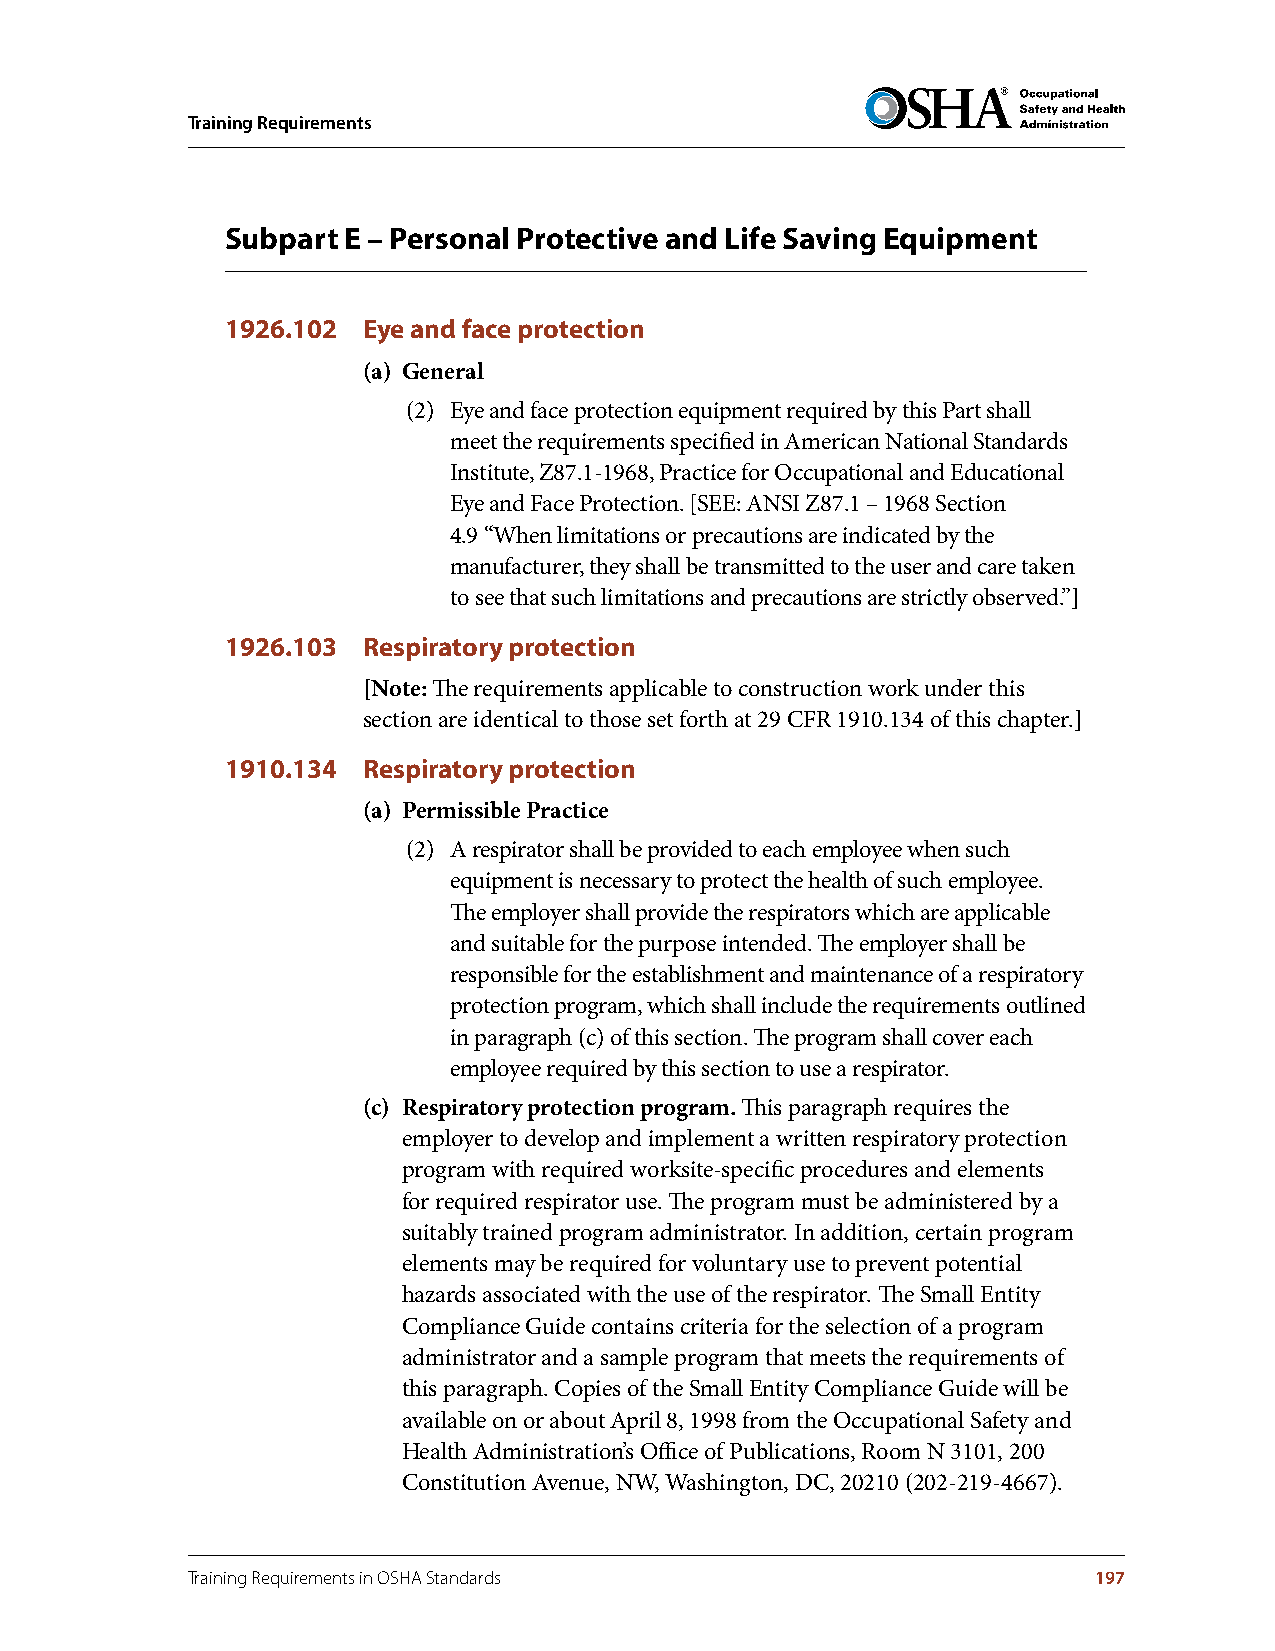
Training Requirements
 Subpart E – Personal Protective and Life Saving Equipment
 1926.102 Eye and face protection
 (a) General
 (2) Eye and face protection equipment required by this Part shall
 meet the requirements specified in American National Standards
 Institute, Z87.1-1968, Practice for Occupational and Educational
 Eye and Face Protection. [SEE: ANSI Z87.1 – 1968 Section
 4.9 “When limitations or precautions are indicated by the
 manufacturer, they shall be transmitted to the user and care taken
 to see that such limitations and precautions are strictly observed.”]
 1926.103 Respiratory protection
 [Note: The requirements applicable to construction work under this
 section are identical to those set forth at 29 CFR 1910.134 of this chapter.]
 1910.134 Respiratory protection
 (a) Permissible Practice
 (2) A respirator shall be provided to each employee when such
 equipment is necessary to protect the health of such employee.
 The employer shall provide the respirators which are applicable
 and suitable for the purpose intended. The employer shall be
 responsible for the establishment and maintenance of a respiratory
 protection program, which shall include the requirements outlined
 in paragraph (c) of this section. The program shall cover each
 employee required by this section to use a respirator.
 (c) Respiratory protection program . This paragraph requires the
 employer to develop and implement a written respiratory protection
 program with required worksite-specific procedures and elements
 for required respirator use. The program must be administered by a
 suitably trained program administrator. In addition, certain program
 elements may be required for voluntary use to prevent potential
 hazards associated with the use of the respirator. The Small Entity
 Compliance Guide contains criteria for the selection of a program
 administrator and a sample program that meets the requirements of
 this paragraph. Copies of the Small Entity Compliance Guide will be
 available on or about April 8, 1998 from the Occupational Safety and
 Health Administration’s Office of Publications, Room N 3101, 200
 Constitution Avenue, NW, Washington, DC, 20210 (202-219-4667).
 Training Requirements in OSHA Standards                     197